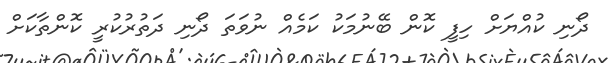
ދޯނި ކުއްޔަށް ހިިފީ ކޮން ބޭނުމަކު ކަމެއް ނުވަތަ ދޯނި ދަތުރުކުރީ ކޮންތާކަށް